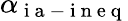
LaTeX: \alpha_{\mathrm{~i~a~-~i~n~e~q~}}